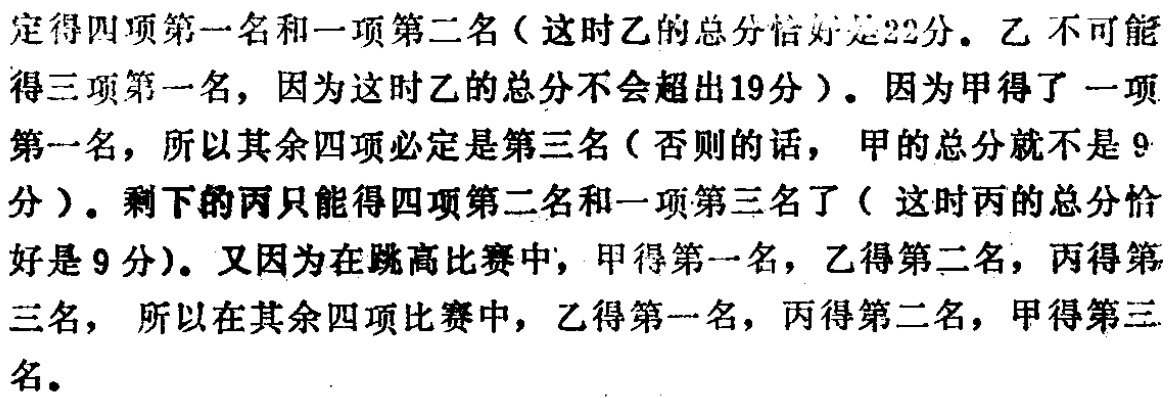
定得四项第一名和一项第二名（这时乙的总分恰好是22分。乙不可能得三项第一名，因为这时乙的总分不会超出19分）。因为甲得了一项第一名，所以其余四项必定是第三名（否则的话，甲的总分就不是9分）。剩下的丙只能得四项第二名和一项第三名了（ 这时丙的总分恰好是9分)。又因为在跳高比赛中，甲得第一名，乙得第二名，丙得第三名，所以在其余四项比赛中，乙得第一名，丙得第二名，甲得第三名。